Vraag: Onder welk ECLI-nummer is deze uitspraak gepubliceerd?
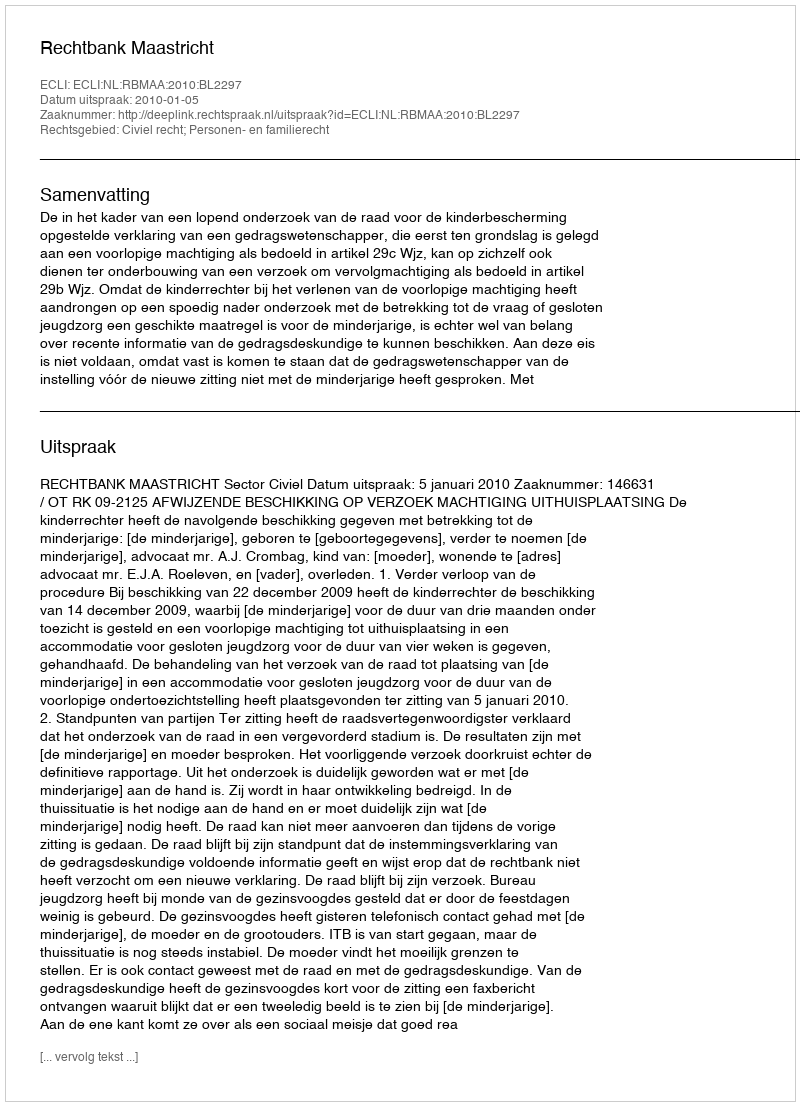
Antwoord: ECLI:NL:RBMAA:2010:BL2297